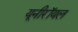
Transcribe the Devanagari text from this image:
यूनीरॉयल